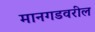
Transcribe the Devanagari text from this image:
मानगडवरील